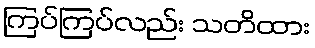
ကြပ်ကြပ်လည်း သတိထား